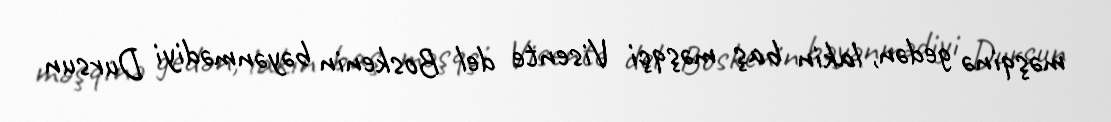
məşqinə gedən, lakin baş məşqçi Visente del Boskenin bəyənmədiyi Dursun